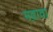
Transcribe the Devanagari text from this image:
मढ़ावा